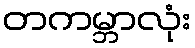
တကမ္ဘာလုံး